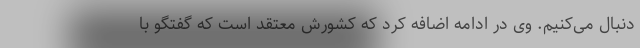
دنبال می‌کنیم. وی در ادامه اضافه کرد که کشورش معتقد است که گفتگو با